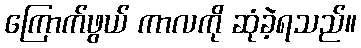
ကြောက်ဖွယ် ကာလကို ဆုံခဲ့ရသည်။